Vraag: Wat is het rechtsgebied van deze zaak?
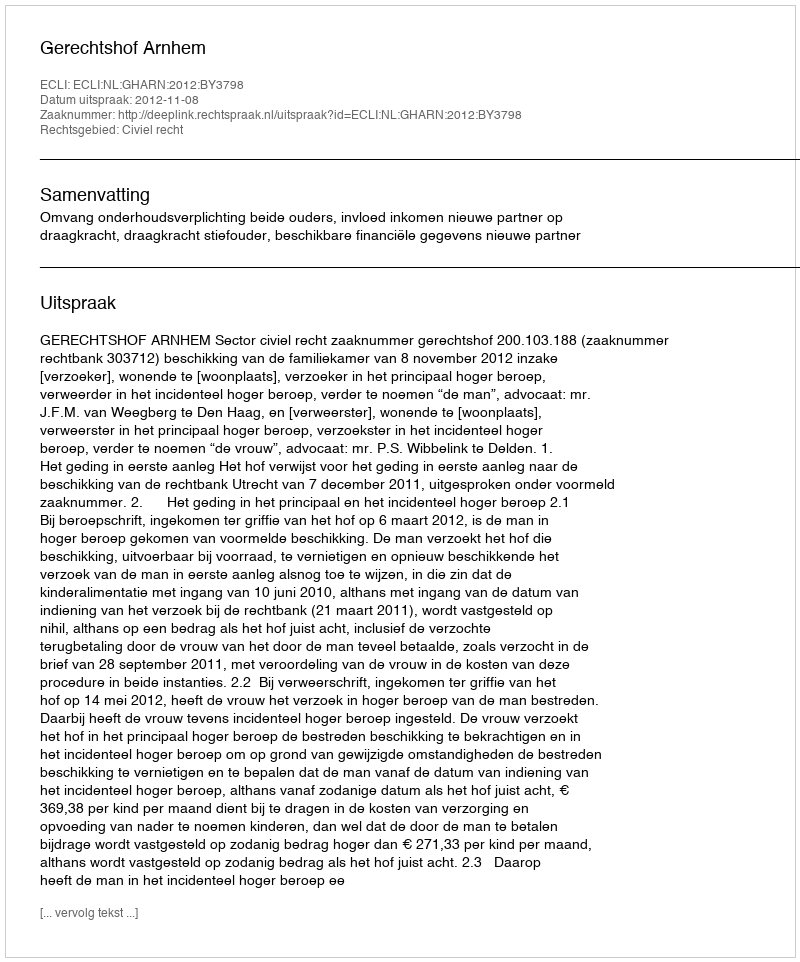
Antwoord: Civiel recht